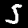
Digit: 5